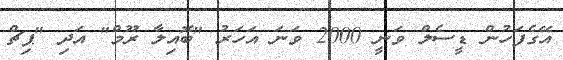
އޭގެފަހުން ޑީސެލް ވަނީ 2000 ވަނަ އަހަރު "ބޮއިލާ ރޫމް" އަދި "ޕިޗް